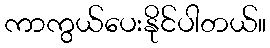
ကာကွယ်ပေးနိုင်ပါတယ်။